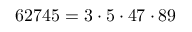
6 2 7 4 5 = 3 \cdot 5 \cdot 4 7 \cdot 8 9